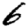
Digit: 6